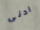
ادنى